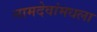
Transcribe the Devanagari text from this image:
नामदेवांमधला